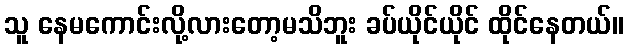
သူ နေမကောင်းလို့လားတော့မသိဘူး ခပ်ယိုင်ယိုင် ထိုင်နေတယ်။